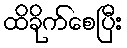
ထိခိုက်စေပြီး